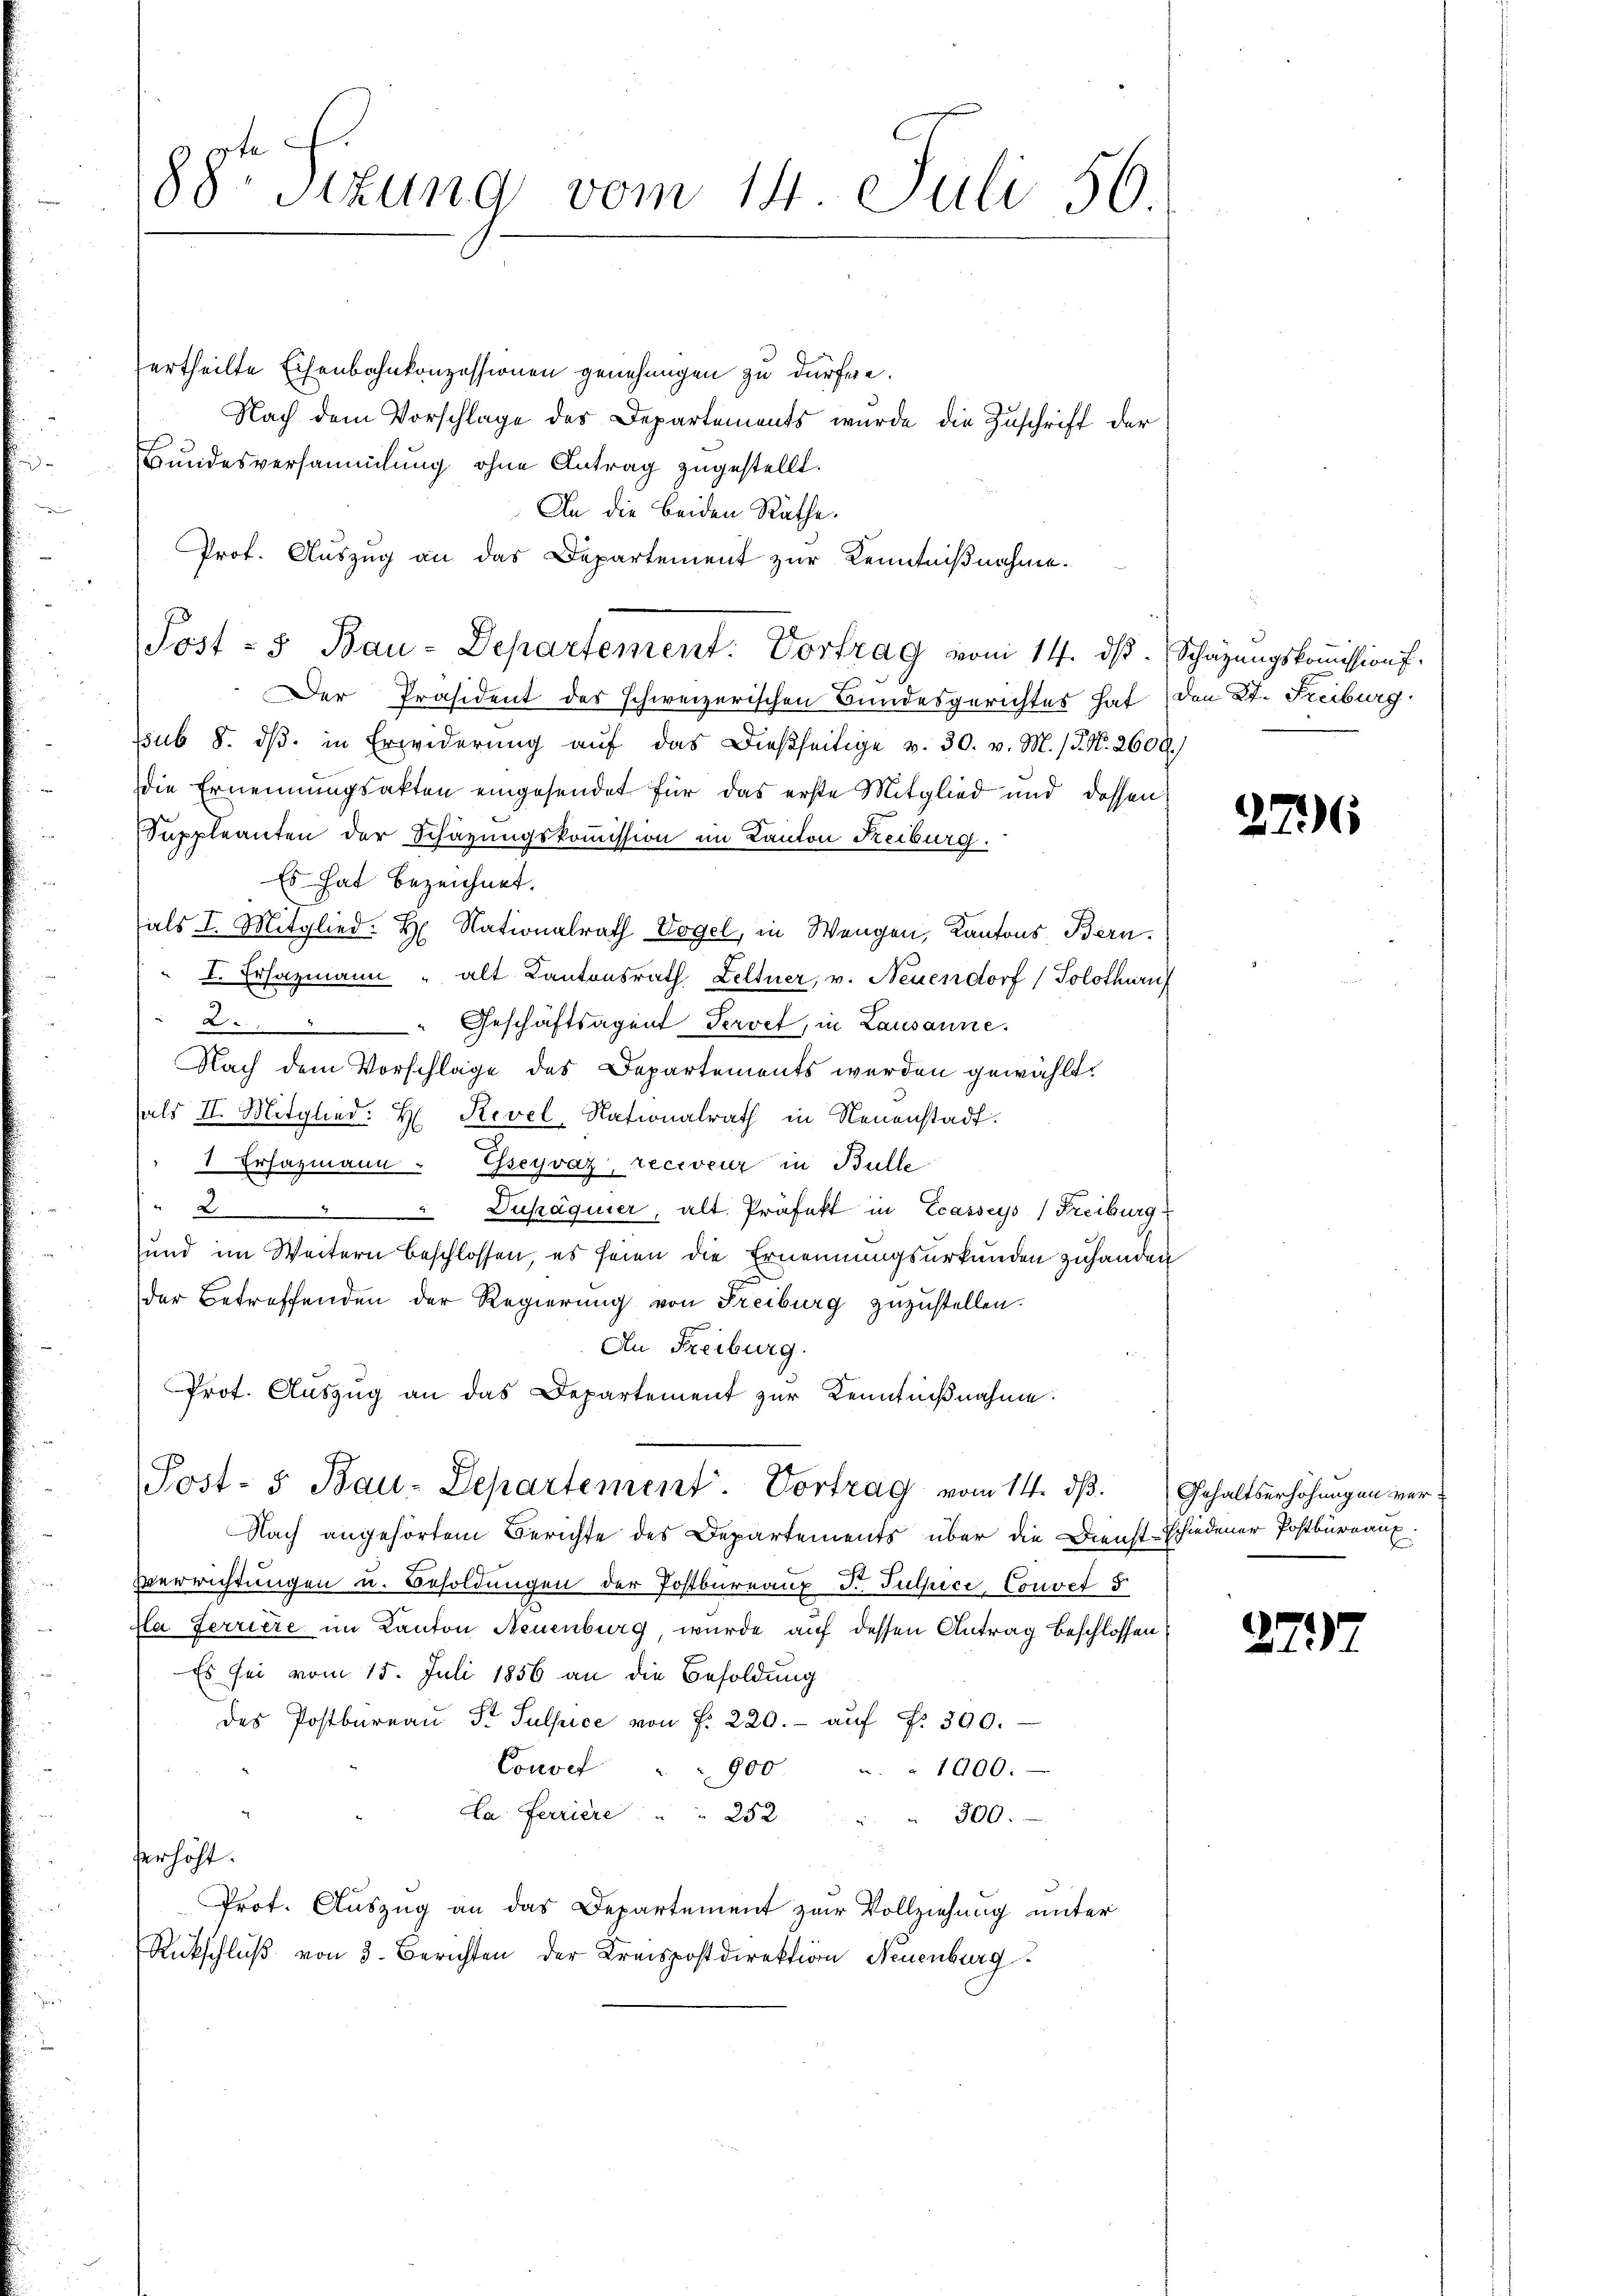
88te Sizung vom 14. Juli 56.

ertheilte Eisenbahnkonzessionen genehmigen zu dürfere.
Nach dem Vorschlage des Departements wurde die Zuschrift der
Bundesversammlung ohne Antrag zugestellt.
An die beiden Räthe.
Prof. Auszug an das Departement zur Kenntnißnahme.
Der Präsident des schweizerischen Bundesgerichtes hat, den St. Freiburg
ssub 8. dβ. in Erwiderŭng aŭf das dießseitige v. 30. v. M. (T. N. 2600.
die Ernennungsakten eingesendet für das erste Mitglied und dessen
Suppleanten der Schazungskommission im Kanton Reiburg.
Es hat bezeichnet.
(als I. Mitglied. H. Nationalrath Vogel, in Wangen, Kantons, Bern.
I. Ersazmann alt Kantonsrath Zeltner, v. Neuendorf (Solothurn
" Geschäftsagent Pervet, in Lausanne.

Nach dem Vorschläge des Departements werden gewählt.
als II. Mitglied. H. Revel, Nationalrath in Neuenstadt.
1 Ersazmann. Esseyvaz, receveur in Bülle
Duhäquier, alt. Präfekt in Ecasseys (Freiburg
sund im Weitern beschlossen, es seien die Ernennungsurkunden zuhanden
der Betreffenden der Regierung von Freiburg zuzustellen.
An Freiburg
Prot. Aŭszŭg an das Departement zur Kenntnißnahme:
Post- 5. Bau-Departement. Vortrag vom 14. dβ.
Nach angehörtem Berichte des Departements über die Dienst-Schiedener Postbüreaux.
Verrichtungen u. Besoldungen der Postbureaux Dr. Julpice, Convef 5
Ha Ferriere im Kanton Neuenburg, wurde auf dessen Antrag beschlossen
Es sei vom 15. Juli 1856 an die Besoldung
des Postbareaŭ Fr. Sulpice von P. 220.- aŭf Fr. 300.
Couvel " " 900 " " 1000.
Ca. Ferriere " " 252 " " 300.
erhöht.
Prot. Auszug an das Departement zur Vollziehung unter
Rückschluß von 3. Berichten der Kreispostdirektion Neuenburg

Post - 5 Bau-Departement. Vortrag vom 14. ds.

Schätzungskommission f.

2796

Gehaltserhöhungen ver¬

274